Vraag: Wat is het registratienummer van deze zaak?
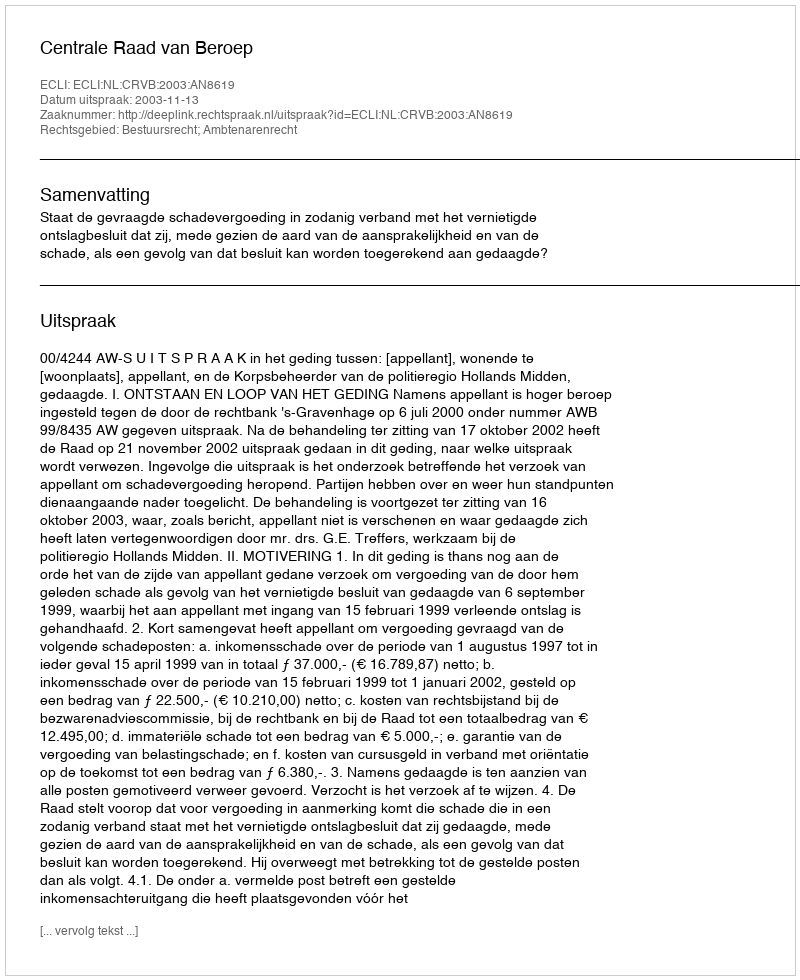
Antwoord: http://deeplink.rechtspraak.nl/uitspraak?id=ECLI:NL:CRVB:2003:AN8619